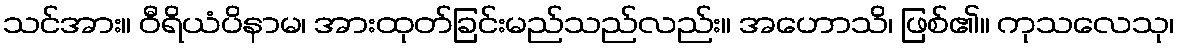
သင်အား။ ဝီရိယံပိနာမ၊ အားထုတ်ခြင်းမည်သည်လည်း။ အဟောသိ၊ ဖြစ်၏။ ကုသလေသု၊